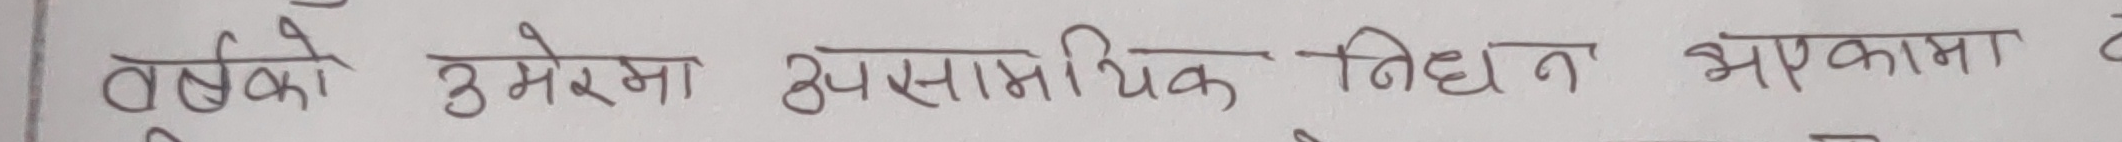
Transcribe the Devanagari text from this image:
बर्षको उमेरमा आकस्मिक निधन भएकामा